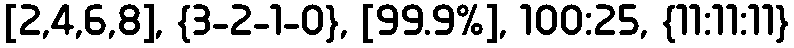
[2,4,6,8], {3-2-1-0}, [99.9%], 100:25, {11:11:11}